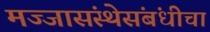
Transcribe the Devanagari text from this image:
मज्जासंस्थेसंबंधीचा